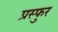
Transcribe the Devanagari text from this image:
प्रस्फुर